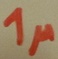
Text: 1µ